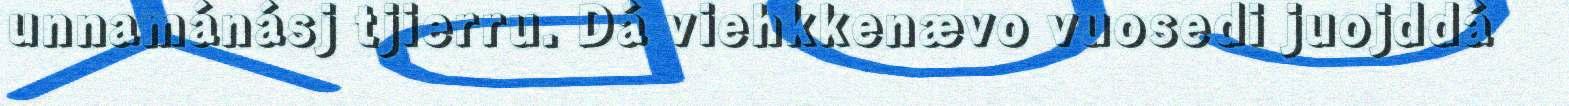
unnamánásj tjierru. Dá viehkkenævo vuosedi juojddá